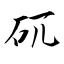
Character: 矹